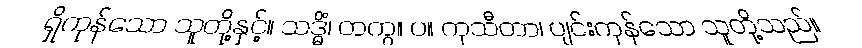
ရှိကုန်သော သူတို့နှင့်။ သဒ္ဓိံ၊ တကွ။ ပ။ ကုသီတာ၊ ပျင်းကုန်သော သူတို့သည်။